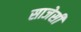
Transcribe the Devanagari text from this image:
साजेसी